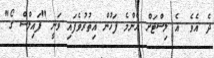
ދެ އެވެ. އެ ލިސްޓަށް އެންމެ ފަހުން އިތުރުވެފައި ވަނީ "ފައިލްސް ގޯ"